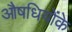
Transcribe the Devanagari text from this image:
औषधियोंके